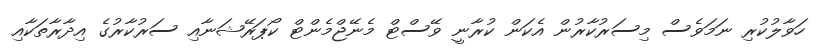
ހަވާލުކުރި ނަމަވެސް މިސަރުކާރުން އެކަން ކުރާނީ ވޭސްޓް މެނޭޖްމެންޓް ކޯޕަރޭޝަނާއި ސަރުކާރުގެ އިދާރާތަކާއި